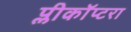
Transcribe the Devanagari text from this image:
प्लीकॉप्टरा